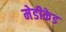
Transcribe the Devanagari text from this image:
मेडीकेड